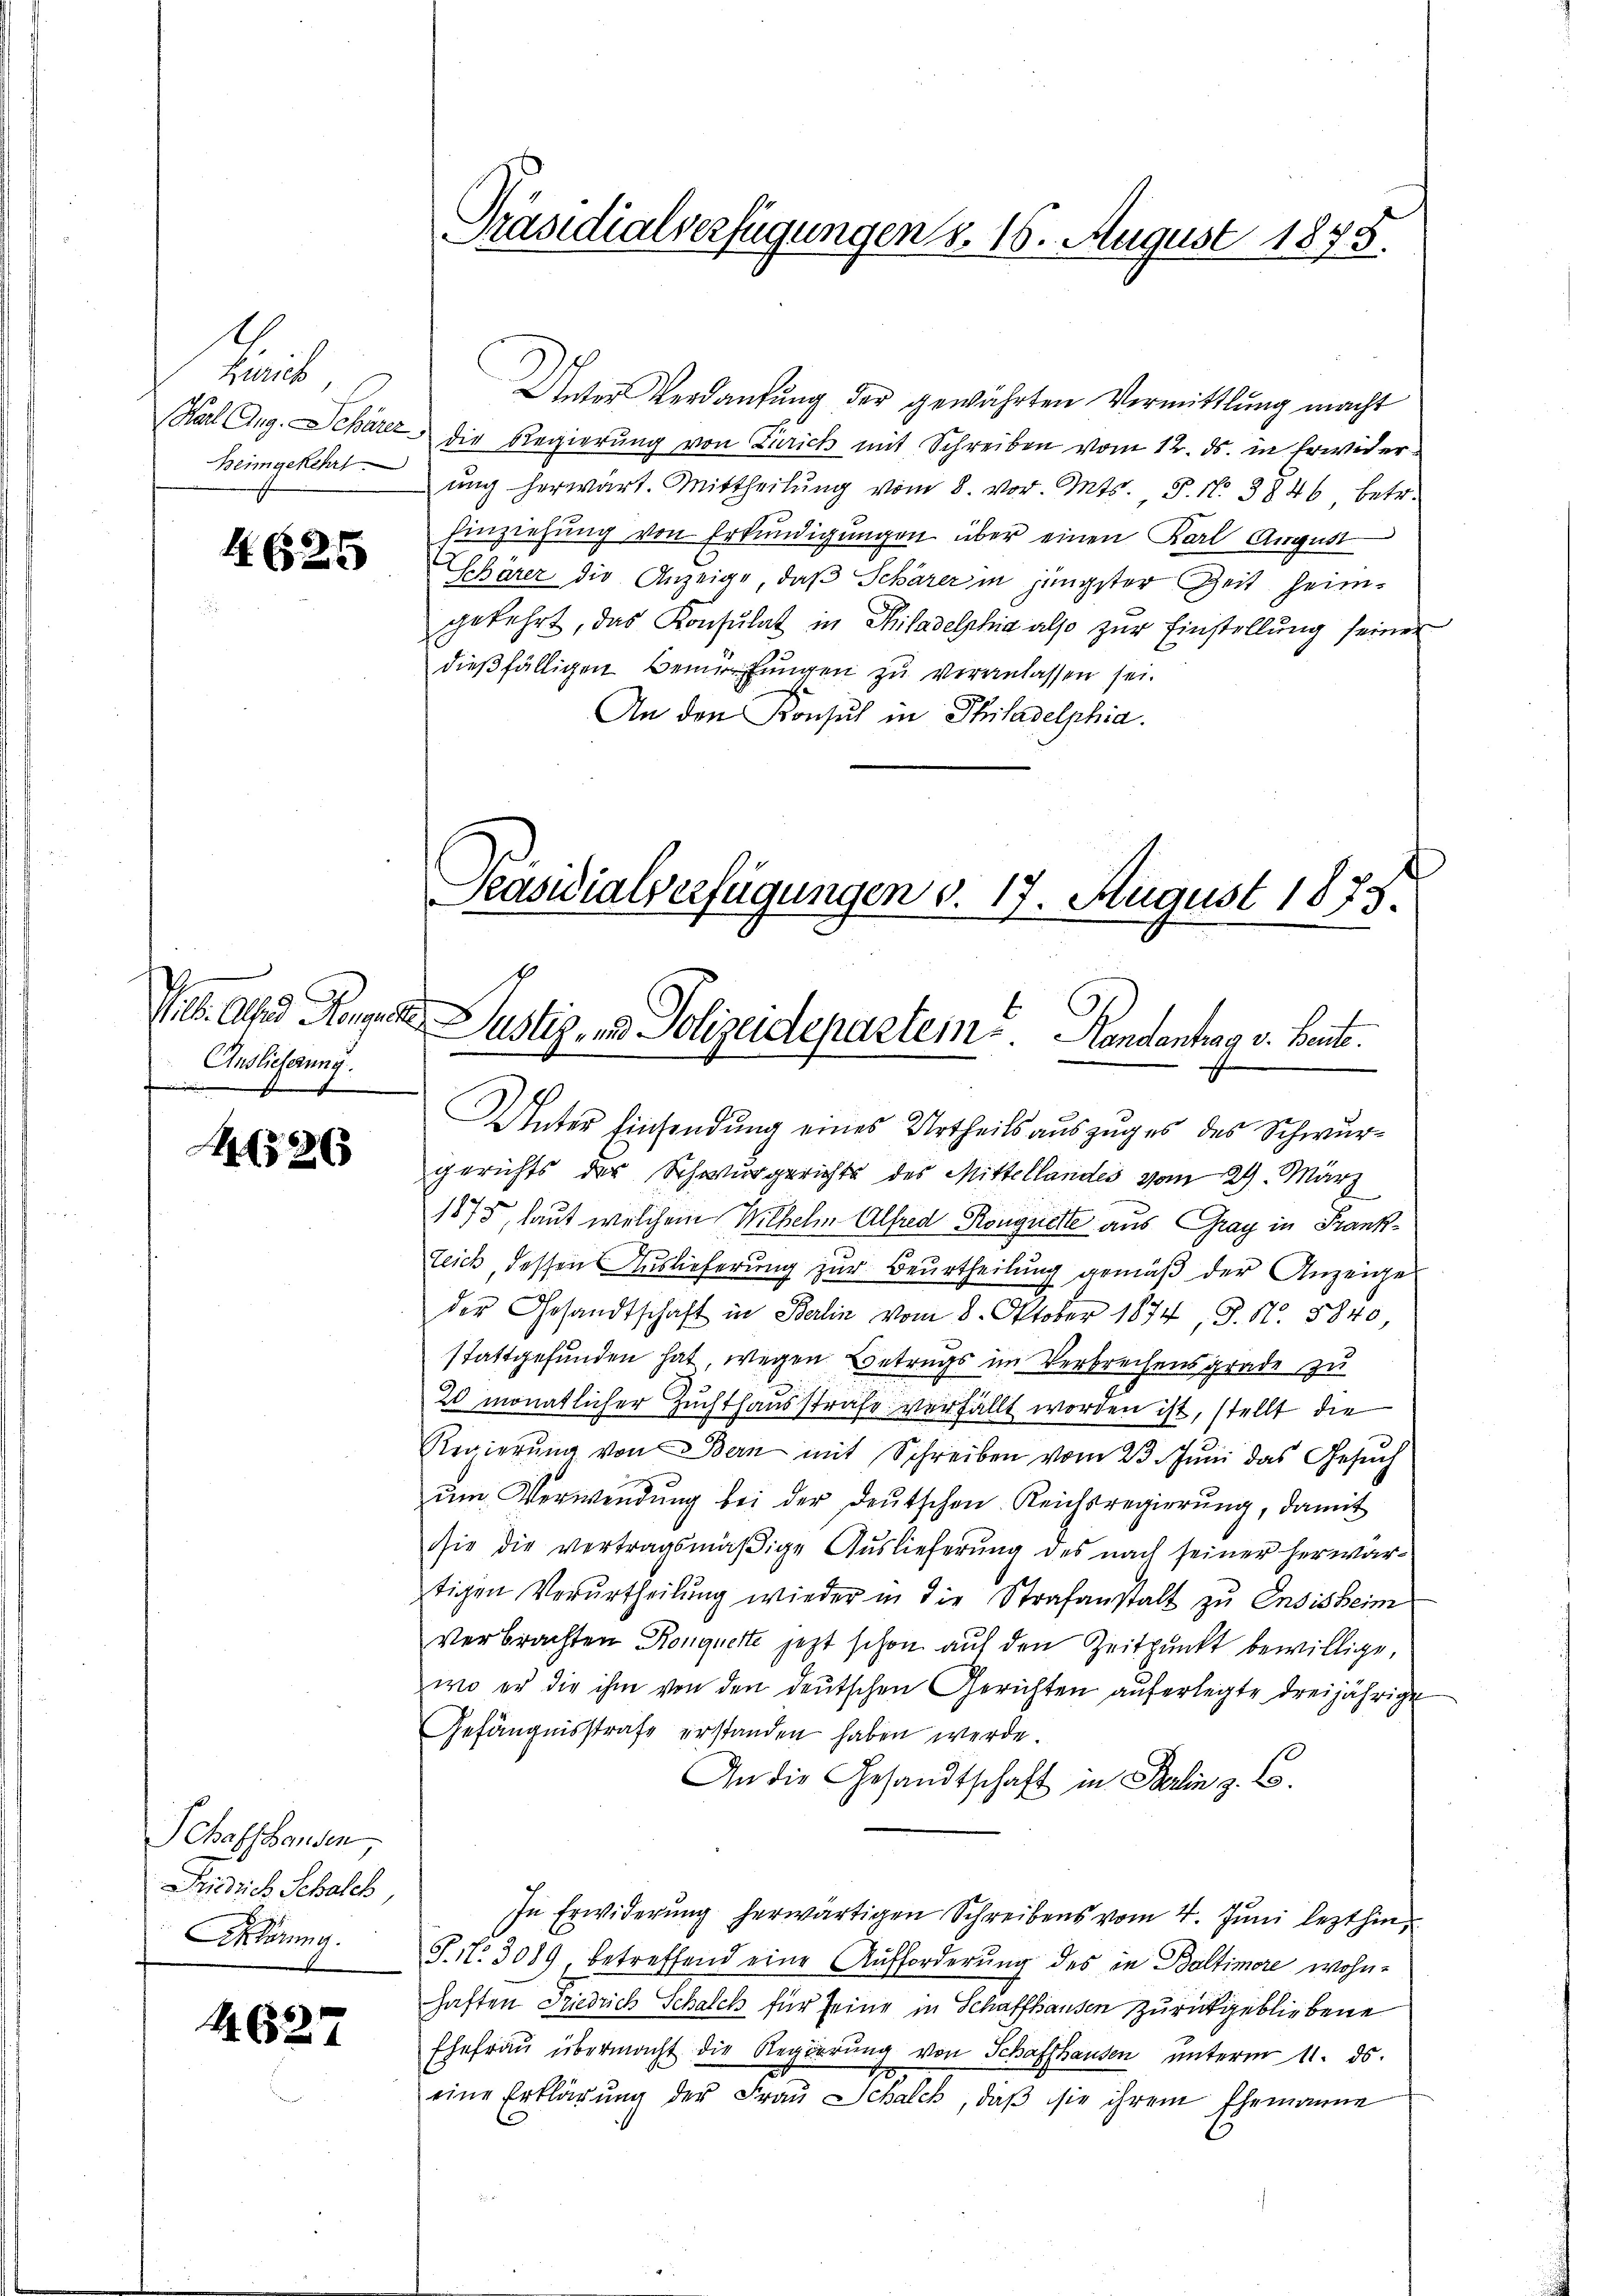
k
Beimgekehrs

4625

Jes. Als Haupte
Auslieferung.
f

526

Schaftshanden,
Friedrich Schalch,
Sklärung.

1627

Unter Verdankung der gewährten Vermittlung macht
Karl Aug. Schärer die Regierŭng von Zürich mit Schreiben vom 12. ds. in Erwiderung herwart. Mittheilung vom 8. vor. Mts. S. Nr. 3846 betr.
hinziehung von Erkundigungen über einen Karl August
Schärer die Anzeige, daß Schärer in jüngster Zeit heimgekehrt, das Konsulat in Philadelphia also zŭr Einstellŭng seiner
dießfälligen Bemühungen zu veranlassen sei.
An den Konsul in Philadelphia
Präsidialverfügungen d. 17. August 1875.

Unter Einsendung eines Urtheils auszuges des Schwurgerichts der Schwurgerichts des Mittellandes vom 29. März
1875, laut welchem Wilhelm Alfred Ronguette aus Gray in Frankteich, dessen Auslieferung zur Beurtheilung gemäß der Anzeige
der Gesandtschaft in Berlin vom 8. Oktober 1874, S. Nr. 3840
stattgefunden hat, wegen Betrugs im Verbrechens grade zu
20 monatlicher Zuchthausstrafe verfällt worden ist, stellt die
Regierŭng von Bern mit Schreiben vom 23. Juni das Gesuch
ŭm Verwendŭng bei der deŭtschen Reichsregierŭng, damit
sie die vertragsmäßige Auslieferung des nach seiner herwar-
stigen Verurtheilung wieder in die Strafanstalt zu Ensisheim
Verbrachten Konquerte jetzt schon auf den Zeitpunkt bewillige,
wo er die ihm von den deutschen Gerichten auferlegte dreijährige
Gefängnisstrafe erstanden haben werde.
An die Gesandtschaft in Berlin z. B.
In Erwiderung herwärtigen Schreibens vom 4. Juni lezthin
T. 17. 3089, betreffend eine Aufforderung des in Baltimore wohn-
haften Friedrich Schalch für seine in Schaffhausen zurückgebliebene
Ehefrau übermacht die Regierung von Schaffhausen unterm 11. ds.
eine Erklärung der Frau Schalck, daß sie ihrem Ehemanne

Präsidialverfügungen d. 15. August 1875.

Justiz- und Polizeidepartem . .   Randantrag v. Bente.